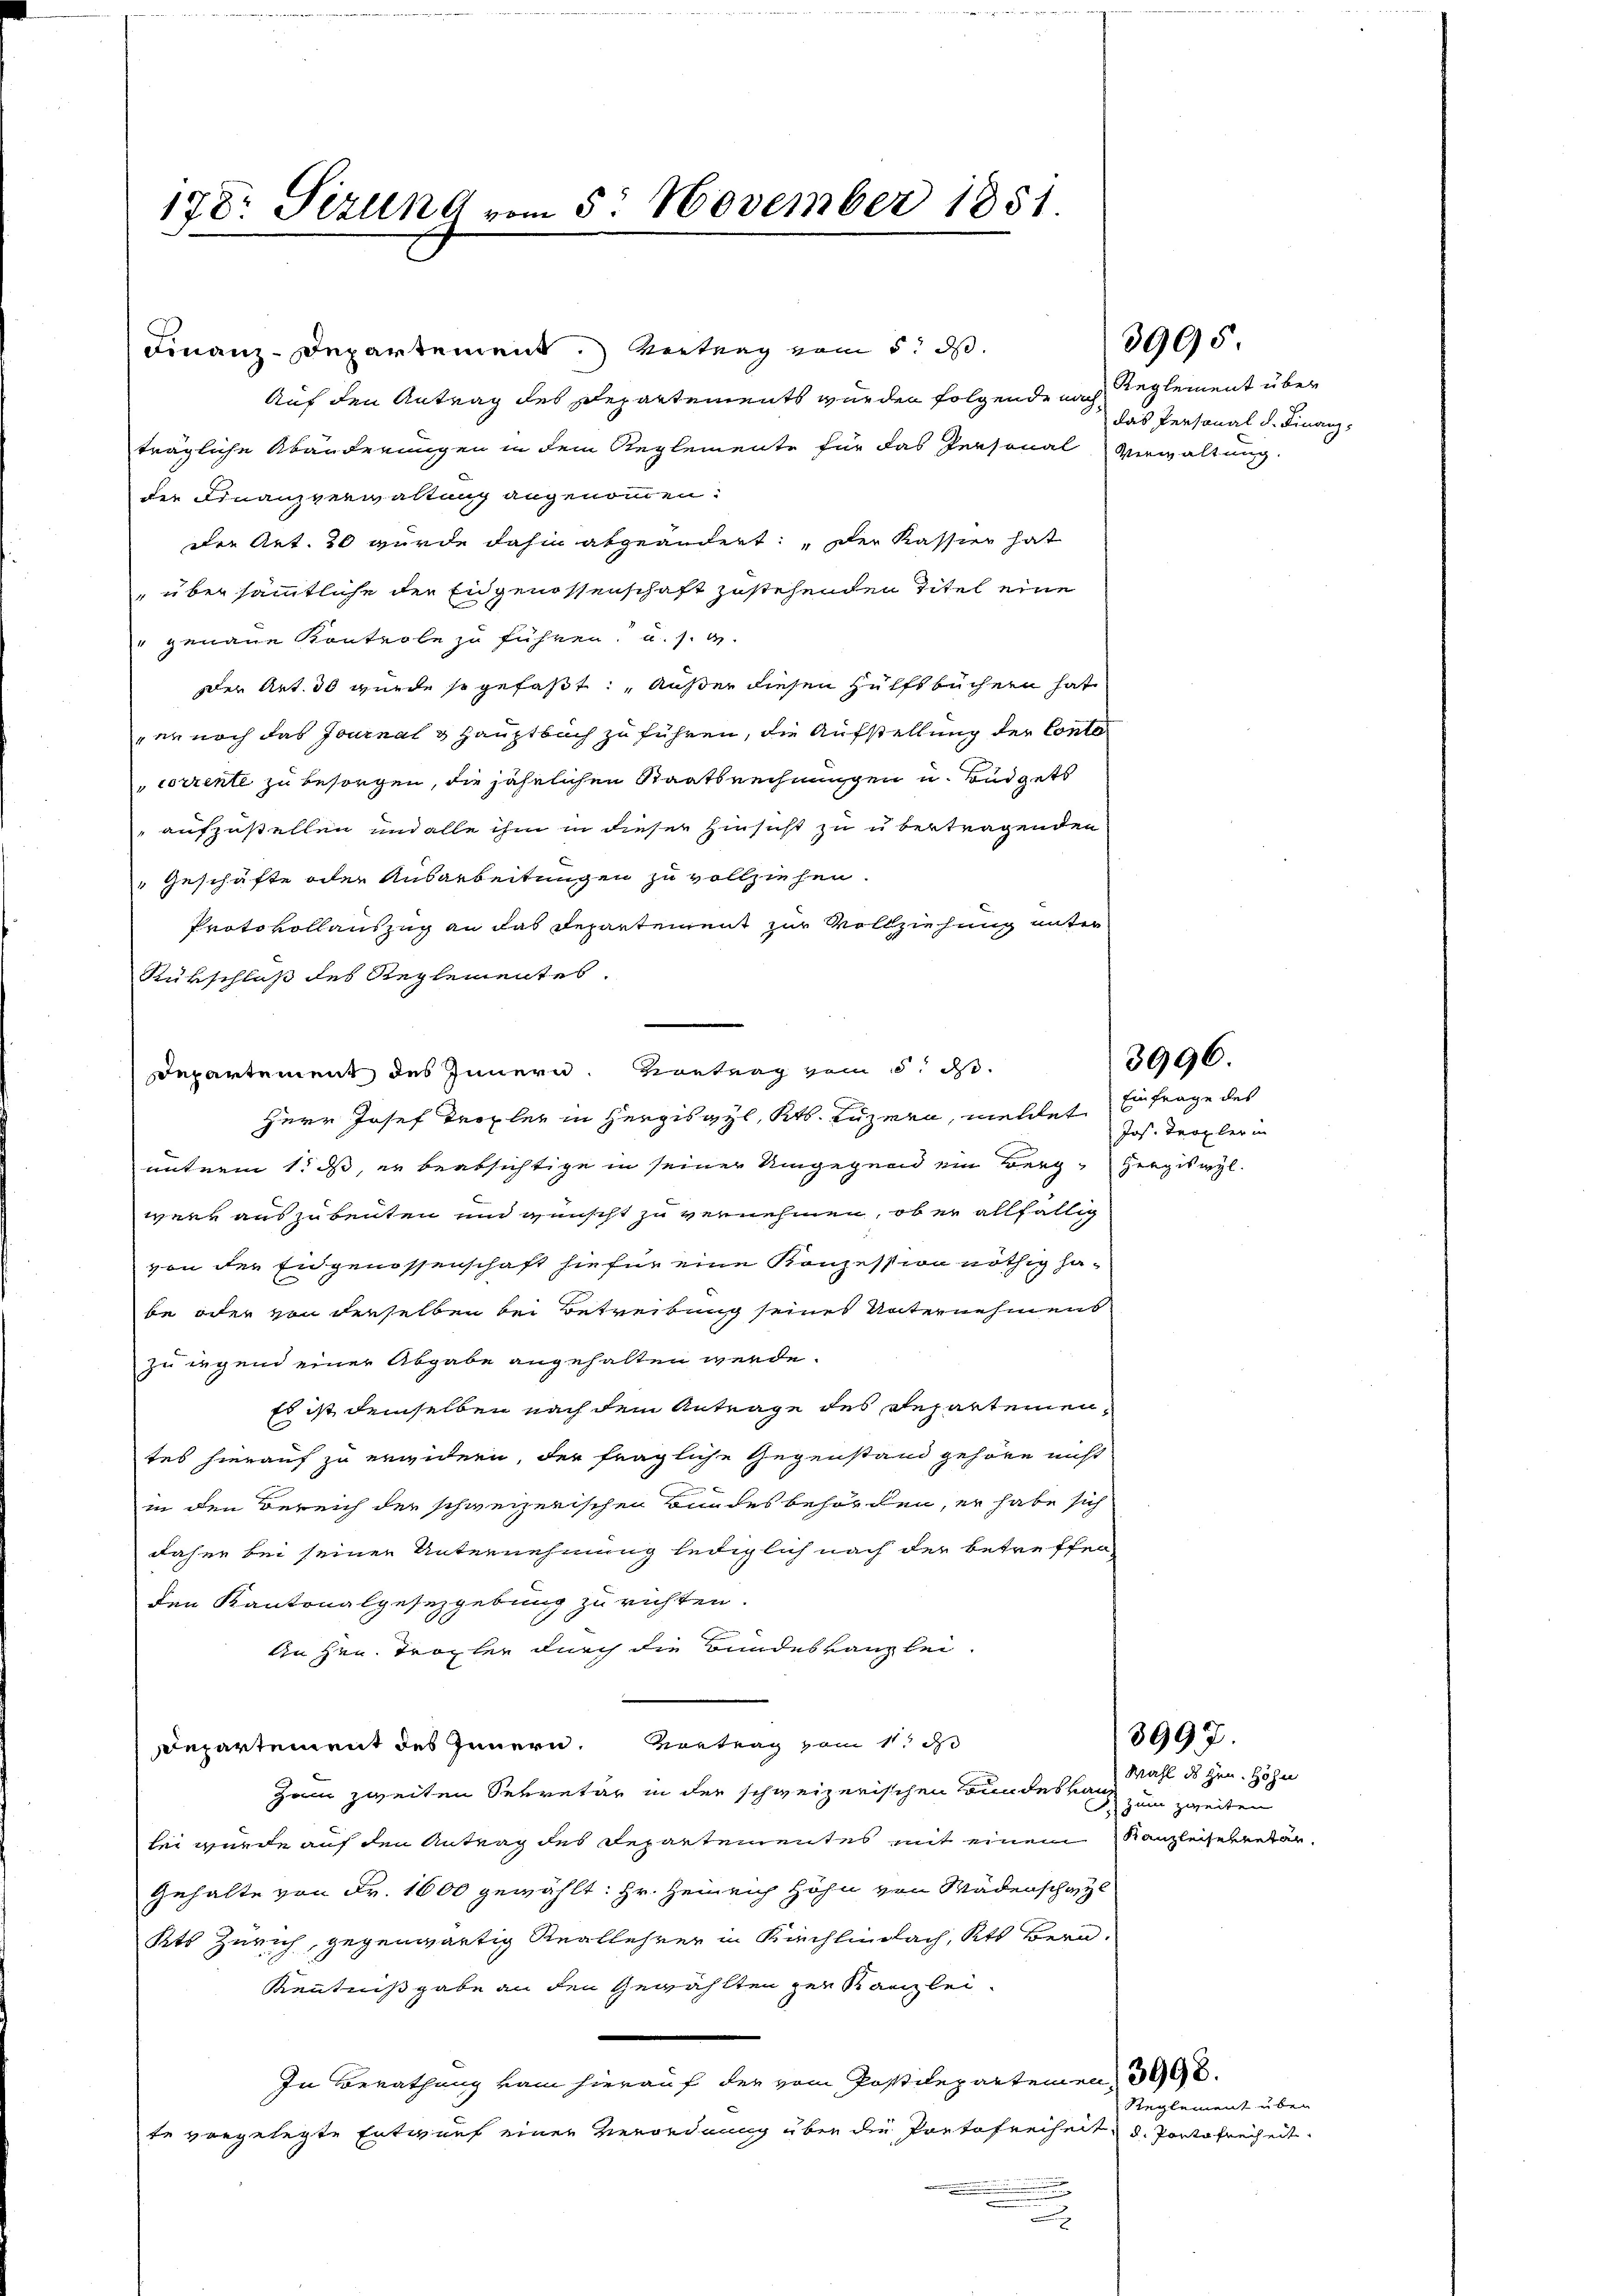
178. Sizung vom 5. November 1851.

Finanz-Departement. Vertrag vom 5. ds.
Auf den Antrag des Departements wurden folgende nachträgliche Abänderungen in dem Reglemente für das Personal Verwaltung
der Finanzverwaltung angenommen.
der Art. 20 wurde dahin abgeändert: Der Kassier hat
 über sämmtliche der Eidgenossenschaft zustehenden Titel eine
" genaue Kontrole zu führen, u. s. w.
der Art. 30 wurde so gefaßt: „Außer diesen Hülfsbüchern hat
er noch das Journal & Hauptbuch zu führen, die Aufstellung der Contocorrente zu besorgen, die jährlichen Staatsrechnungen u. Büdgets
aufzustellen und alle ihm in dieser Hinsicht zu übertragenden
Geschäfte oder Ausarbeitungen zu vollziehen.
Protokollauszug an das Departement zur Vollziehung unter
Rürschluß des Reglementes.
Departement des Innern. Kontrag vom 5. ds.
Herr Josef Tropher in Hergisgyl, Kts. Luzern, meldet Es frage des
unterm 1. ds, er beabsichtige in seiner Umgegend ein Berg-Hergiswyl
wenn auszubeuten und wünscht zu vernehmen, ob er allfällig
von der Eidgenossenschaft hiefür eine Konzession nöthig habe oder von derselben bei Betreibung seines Unternehmens
zu legend einer Abgabe angehalten werde.
Es ist demselben nach dem Antrage des Departementes hierauf zu erwidern, der fragliche Gegenstand gehöre nicht
in den Bereich der schweizerischen Bundesbehörden, er habe sich
daher bei seiner Unternehmung lediglich nach der betreffen
den Kantonalgesezgebung zu richten.
An Hrn. Tropter durch die Bundeskanzlei-
Departement des Innern. Vortrag vom 11. J
Zum zweiten Sekretär in der schweizerischen Bundeskanz
lei wurde auf den Antrag des Departementes mit einem
Gehalte von Fr. 1600 gewählt: Hr. Heinrich Höhn von Wädenschazl
Kts Zürich, gegenwärtig Reallehrer in Kirchlindlach, Kts. Bern,
Kenntnißgabe an den Gewählten zur Kanzlei
In Berathung vom hierauf der vom Postitepartemen 3998.
te vorgelegte Entwurf einer Verordnung über die Portofreiheit, d. Portofreiheit
.

Reglement über
das Personal d. Finanz-

3905

Jos. Teogler in

3996.

Wahl des Hrn. Höhn
zum zweiten
Kanzleisekretär.

3997.

Reglement über